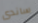
ساندى